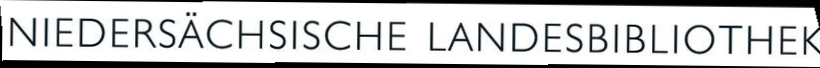
NIEDERSACHSISCHE LANDESBIBLIOTHEK